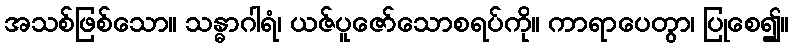
အသစ်ဖြစ်သော။ သန္ဓာဂါရံ၊ ယဇ်ပူဇော်သောစရပ်ကို။ ကာရာပေတွာ၊ ပြုစေ၍။